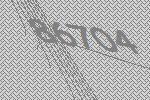
86704